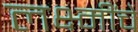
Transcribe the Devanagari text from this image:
लक्ष्मींचे